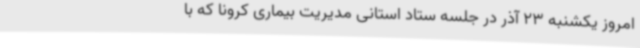
امروز یکشنبه 23 آذر در جلسه ستاد استانی مدیریت بیماری کرونا که با